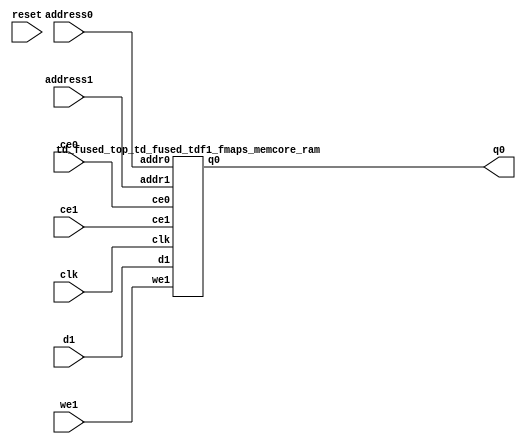
`define EXPONENT 5
`define MANTISSA 10
`define ACTUAL_MANTISSA 11
`define EXPONENT_LSB 10
`define EXPONENT_MSB 14
`define MANTISSA_LSB 0
`define MANTISSA_MSB 9
`define MANTISSA_MUL_SPLIT_LSB 3
`define MANTISSA_MUL_SPLIT_MSB 9
`define SIGN 1
`define SIGN_LOC 15
`define DWIDTH (`SIGN+`EXPONENT+`MANTISSA)
`define IEEE_COMPLIANCE 1

module td_fused_top_td_fused_tdf1_fmaps_memcore(
    reset,
    clk,
    address0,
    ce0,
    q0,
    address1,
    ce1,
    we1,
    d1);

parameter DataWidth = 32'd64;
parameter AddressRange = 32'd50176;
parameter AddressWidth = 32'd16;
input reset;
input clk;
input[AddressWidth - 1:0] address0;
input ce0;
output[DataWidth - 1:0] q0;
input[AddressWidth - 1:0] address1;
input ce1;
input we1;
input[DataWidth - 1:0] d1;



td_fused_top_td_fused_tdf1_fmaps_memcore_ram td_fused_top_td_fused_tdf1_fmaps_memcore_ram_U(
    .clk( clk ),
    .addr0( address0 ),
    .ce0( ce0 ),
    .q0( q0 ),
    .addr1( address1 ),
    .ce1( ce1 ),
    .we1( we1 ),
    .d1( d1 )
);

endmodule
module td_fused_top_td_fused_tdf1_fmaps_memcore_ram (addr0, ce0, q0, addr1, ce1, d1, we1,  clk);

parameter DWIDTH = 64;
parameter AWIDTH = 16;
parameter MEM_SIZE = 50176;

input[AWIDTH-1:0] addr0;
input ce0;
output wire[DWIDTH-1:0] q0;
input[AWIDTH-1:0] addr1;
input ce1;
input[DWIDTH-1:0] d1;
input we1;
input clk;

 reg [DWIDTH-1:0] ram[MEM_SIZE-1:0];
wire [AWIDTH-1:0] addr0_t0; 
reg [AWIDTH-1:0] addr0_t1; 
reg [DWIDTH-1:0] q0_t0;
  reg [DWIDTH-1:0] q0_t1;
wire [AWIDTH-1:0] addr1_t0; 
reg [AWIDTH-1:0] addr1_t1; 
wire [DWIDTH-1:0] d1_t0; 
wire we1_t0; 
reg [DWIDTH-1:0] d1_t1; 
reg we1_t1; 


assign addr0_t0 = addr0;
assign q0 = q0_t1;
assign addr1_t0 = addr1;
assign d1_t0 = d1;
assign we1_t0 = we1;

always @(posedge clk)  
begin
    if (ce0) 
    begin
        addr0_t1 <= addr0_t0; 
        q0_t1 <= q0_t0;
    end
    if (ce1) 
    begin
        addr1_t1 <= addr1_t0; 
        d1_t1 <= d1_t0;
        we1_t1 <= we1_t0;
    end
end


always @(posedge clk)  
begin 
    if (ce0) begin
        q0_t0 <= ram[addr0_t1];
    end
end


always @(posedge clk)  
begin 
    if (ce1) begin
        if (we1_t1) 
            ram[addr1_t1] <= d1_t1; 
    end
end


endmodule